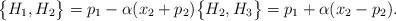
LaTeX: \begin{align*}\big\{ H_1, H_2 \big\}=p_1-\alpha(x_2+p_2) \big\{ H_2, H_3 \big\}=p_1+\alpha(x_2-p_2). \end{align*}